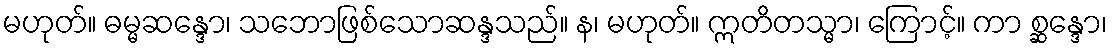
မဟုတ်။ ဓမ္မဆန္ဒော၊ သဘောဖြစ်သောဆန္ဒသည်။ န၊ မဟုတ်။ ဣတိတသ္မာ၊ ကြောင့်။ ကာ စ္ဆန္ဒော၊